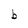
Character: b